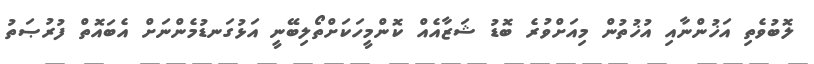
ލޮބުވެތި އަޚުންނާއި އުޚުތުން މިއަށްވުރެ ބޮޑު ޝަޒާއެއް ކޮންމީހަކަށްތޯލިބޭނީ އަޅުގަނޑުމެންނަށް އެބައޮތް ފުރުޞަތު